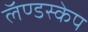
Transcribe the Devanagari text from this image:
लॅण्डस्केप